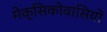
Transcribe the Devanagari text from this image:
मेक्सिकोवासियों